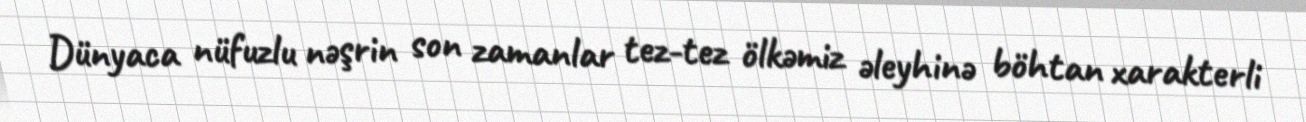
Dünyaca nüfuzlu nəşrin son zamanlar tez-tez ölkəmiz əleyhinə böhtan xarakterli